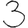
Digit: 3